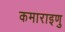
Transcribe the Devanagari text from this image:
कमाराइणु